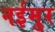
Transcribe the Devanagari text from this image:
नईमुर